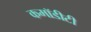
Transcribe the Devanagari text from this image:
कमॉडीटी